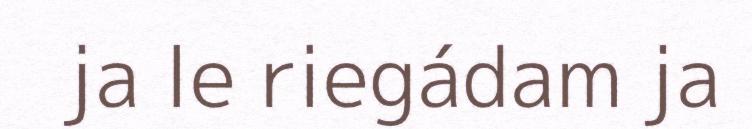
ja le riegádam ja